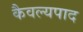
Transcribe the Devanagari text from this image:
कैवल्यपाद